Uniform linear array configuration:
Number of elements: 4
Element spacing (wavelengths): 0.25
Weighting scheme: binomial
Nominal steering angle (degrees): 45
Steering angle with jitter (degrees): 43.035
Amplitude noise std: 0.05
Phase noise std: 0.05

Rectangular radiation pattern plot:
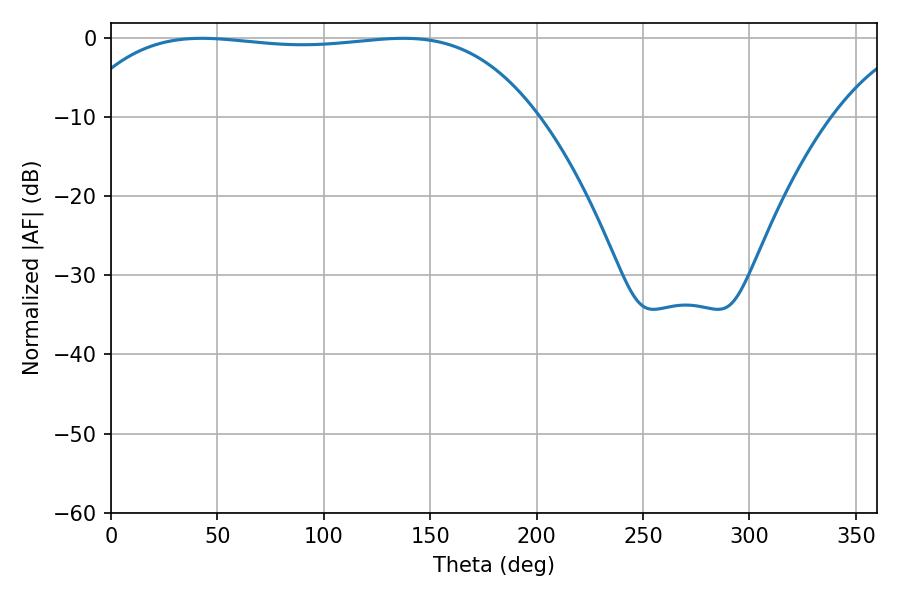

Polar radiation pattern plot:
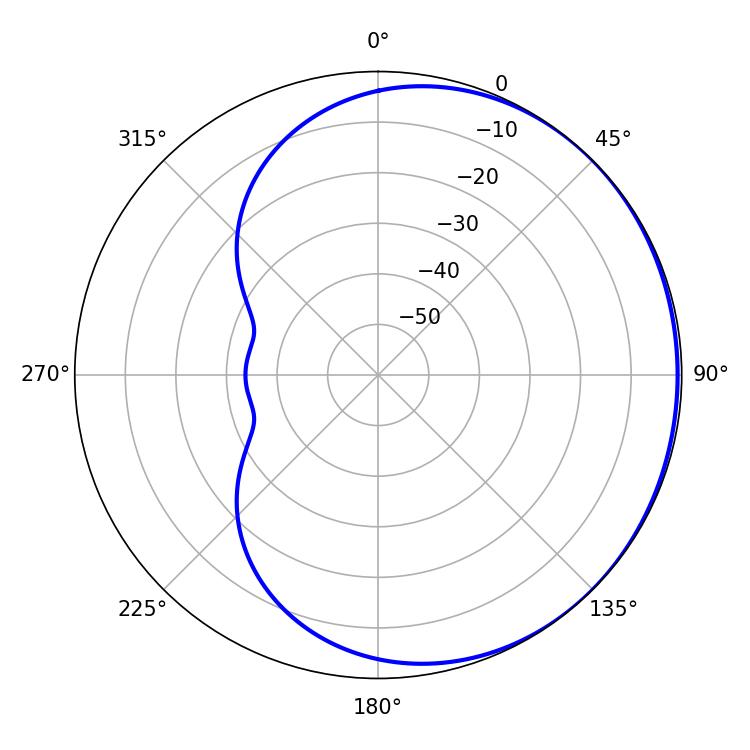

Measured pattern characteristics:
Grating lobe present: FALSE
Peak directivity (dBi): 0.5707
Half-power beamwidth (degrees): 171.72
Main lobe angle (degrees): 42.66